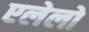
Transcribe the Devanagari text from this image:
एलेलो